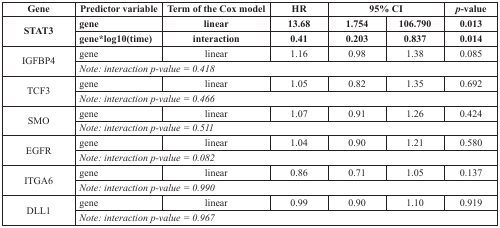
| Gene | Predictor variable | Term of the Cox model | HR | <COLSPAN=2> 95% CI | p-value |
 | --- | --- | --- | --- | --- | --- | --- |
 | <ROWSPAN=2> STAT3 | gene | Linear | 13.68 | 1.754 | 106.790 | 0.013 |
 | gene*log10(time) | Interaction | 0.41 | 0.203 | 0.837 | 0.014 |
 | <ROWSPAN=2> IGFBP4 | gene | Linear | 1.16 | 0.98 | 1.38 | 0.085 |
 | <COLSPAN=6> Note: interaction p-value = 0.418 |
 | <ROWSPAN=2> TCF3 | gene | Linear | 1.05 | 0.82 | 1.35 | 0.692 |
 | <COLSPAN=6> Note: interaction p-value = 0.466 |
 | <ROWSPAN=2> SMO | gene | Linear | 1.07 | 0.91 | 1.26 | 0.424 |
 | <COLSPAN=6> Note: interaction p-value = 0.511 |
 | <ROWSPAN=2> EGFR | gene | Linear | 1.04 | 0.90 | 1.21 | 0.580 |
 | <COLSPAN=6> Note: interaction p-value = 0.082 |
 | <ROWSPAN=2> ITGA6 | gene | Linear | 0.86 | 0.71 | 1.05 | 0.137 |
 | <COLSPAN=6> Note: interaction p-value = 0.990 |
 | <ROWSPAN=2> DLL1 | gene | Linear | 0.99 | 0.90 | 1.10 | 0.919 |
 | <COLSPAN=6> Note: interaction p-value = 0.967 |